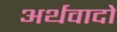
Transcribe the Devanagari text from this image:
अर्थवादो